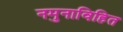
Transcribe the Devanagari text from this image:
नमुनाविहित